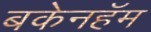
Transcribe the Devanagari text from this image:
बकेनहॅम